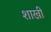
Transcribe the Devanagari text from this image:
शाखी